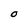
Character: O